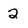
Character: 2